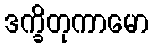
ဒက္ခိတုကာမော